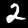
Digit: 2